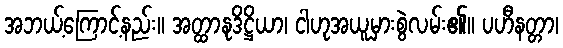
အဘယ့်ကြောင့်နည်း။ အတ္ထာနုဒိဋ္ဌိယာ၊ ငါဟုအယူမှားစွဲလမ်း၏။ ပဟီနတ္တာ၊